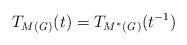
LaTeX: \begin{align*}T_{M(\mathit{G)}}(t)=T_{M^{\ast }(\mathit{G)}}(t^{-1}) \end{align*}